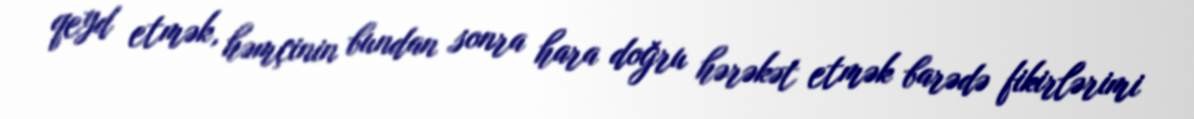
qeyd etmək, həmçinin bundan sonra hara doğru hərəkət etmək barədə fikirlərimi